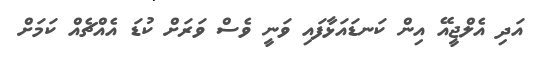
އަދި އެލްޖީއޭ އިން ކަނޑައަޅާފައި ވަނީ ވެސް ވަރަށް ކުޑަ އެއްޗެއް ކަމަށް